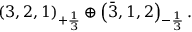
( 3 , 2 , 1 ) _ { + { \frac { 1 } { 3 } } } \oplus \left( { \bar { 3 } } , 1 , 2 \right) _ { - { \frac { 1 } { 3 } } } .